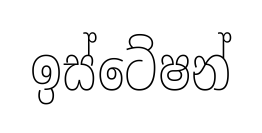
ඉස්ටේෂන්